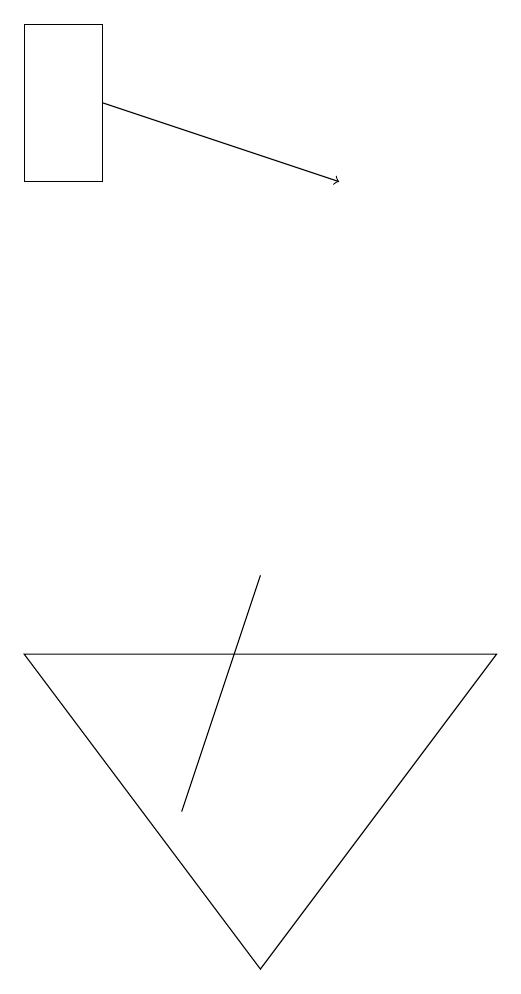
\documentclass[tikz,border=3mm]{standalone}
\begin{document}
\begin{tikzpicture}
\draw (7,7) -- (1,7) -- (4,3) -- cycle;
\draw (2,15) rectangle (1,13);
\draw[->] (2,14) -- (5,13);
\draw (3,5) -- (3,5) -- (4,8) -- cycle;
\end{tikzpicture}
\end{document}